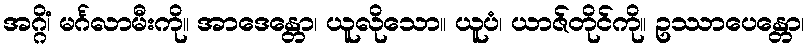
အဂ္ဂိံ၊ မင်္ဂလာမီးကို။ အာဒေန္တော၊ ယူလိုသော။ ယူပံ၊ ယာဇ်တိုင်ကို။ ဥဿာပေန္တော၊